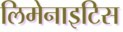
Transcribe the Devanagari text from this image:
लिमेनाइटिस